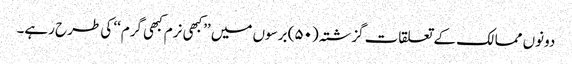
دونوں ممالک کے تعلقات گزشتہ (۵۰) برسوں میں ’’کبھی نرم کبھی گرم‘‘ کی طرح رہے۔